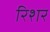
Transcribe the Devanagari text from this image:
रिशर